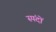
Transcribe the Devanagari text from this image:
स्‍पंदों